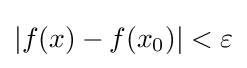
|f(x)-f(x_{0})|<\varepsilon